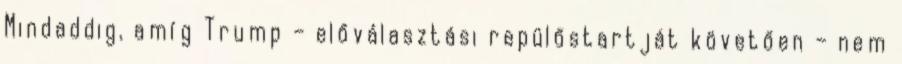
Mindaddig, amíg Trump – előválasztási repülőstartját követően – nem